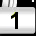
Digit: 1